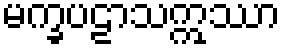
မက္ခပဠာသဣဿာ